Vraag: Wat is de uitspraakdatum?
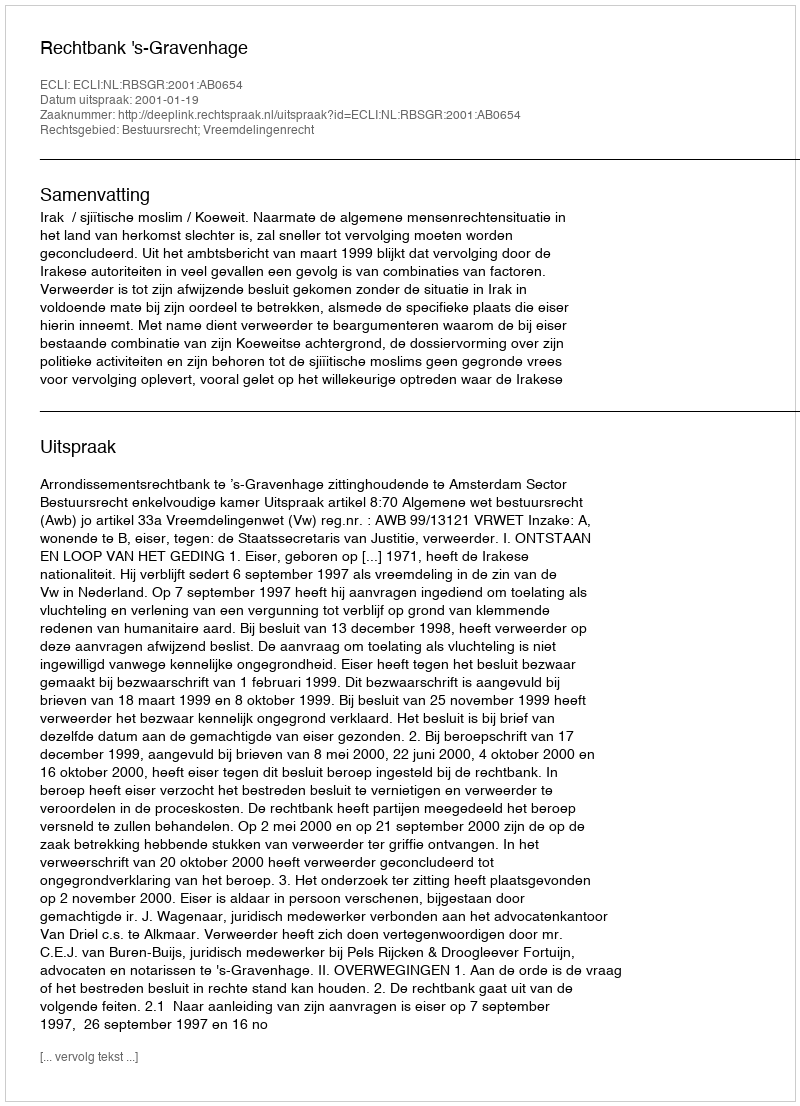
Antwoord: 2001-01-19